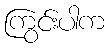
ကြွင်းပါက